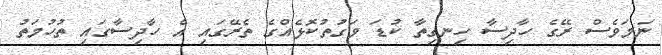
ނަމަވެސް ރޭގެ ހާދިސާ ހިނގިތާ ކުޑަ ވަގުތުކޮޅެއްގެ ތެރޭގައި އެ ހާދިސާގައި ތުހުމަތު